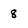
Character: 8